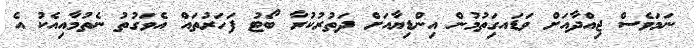
ނަމަވެސް ޖިއްދާއަށް ވަޑައގިަތުމުން އިންޑިޔާއަށް ދަތުރުކުރާ ބޯޓު ފަހަރުތައް އެވަގުތު ނެތުމާއިއެކު އެ